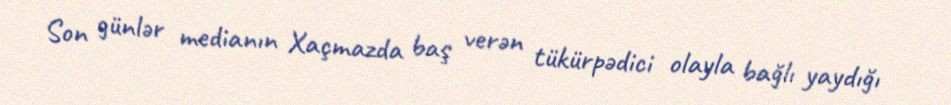
Son günlər medianın Xaçmazda baş verən tükürpədici olayla bağlı yaydığı